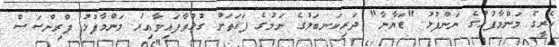
ހެރީގެ މަންމާފުޅުގެ ނަންފުޅު "ޑަޔާނާ" ދަރިކަނބަލުގެ ނަމުގެ ފަހަތަށް ގުޅުވާފައިވާއިރު މަންމާފުޅު ޕްރިންސަސް